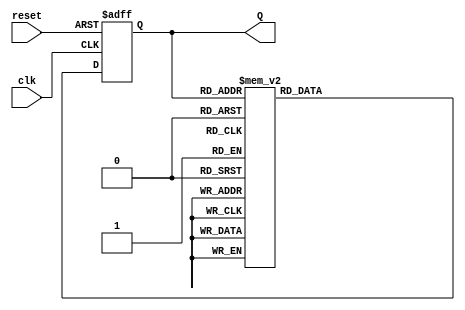
module DecadeRingCounter (
    input wire clk,       // Clock input
    input wire reset,     // Asynchronous reset
    output reg [3:0] Q    // 4-bit output representing the counter state
);

// Initialize the counter state
initial begin
    Q = 4'b0000; // Start at state 0
end

// Always block triggered on the rising edge of the clock or asynchronous reset
always @(posedge clk or posedge reset) begin
    if (reset) begin
        Q <= 4'b0000; // Reset to '0000'
    end else begin
        case (Q)
            4'b0000: Q <= 4'b0001; // 0  1
            4'b0001: Q <= 4'b0010; // 1  2
            4'b0010: Q <= 4'b0011; // 2  3
            4'b0011: Q <= 4'b0100; // 3  4
            4'b0100: Q <= 4'b0101; // 4  5
            4'b0101: Q <= 4'b0110; // 5  6
            4'b0110: Q <= 4'b0111; // 6  7
            4'b0111: Q <= 4'b1000; // 7  8
            4'b1000: Q <= 4'b1001; // 8  9
            4'b1001: Q <= 4'b0000; // 9  0
            default: Q <= 4'b0000; // Default case to handle unexpected states
        endcase
    end
end

endmodule